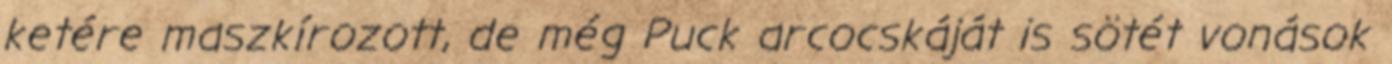
ketére maszkírozott, de még Puck arcocskáját is sötét vonások